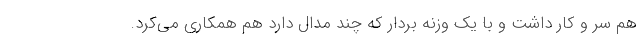
هم سر و کار داشت و با یک وزنه بردار که چند مدال دارد هم همکاری می‌کرد.